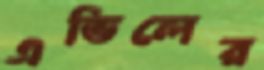
এভিলের